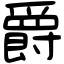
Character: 爵